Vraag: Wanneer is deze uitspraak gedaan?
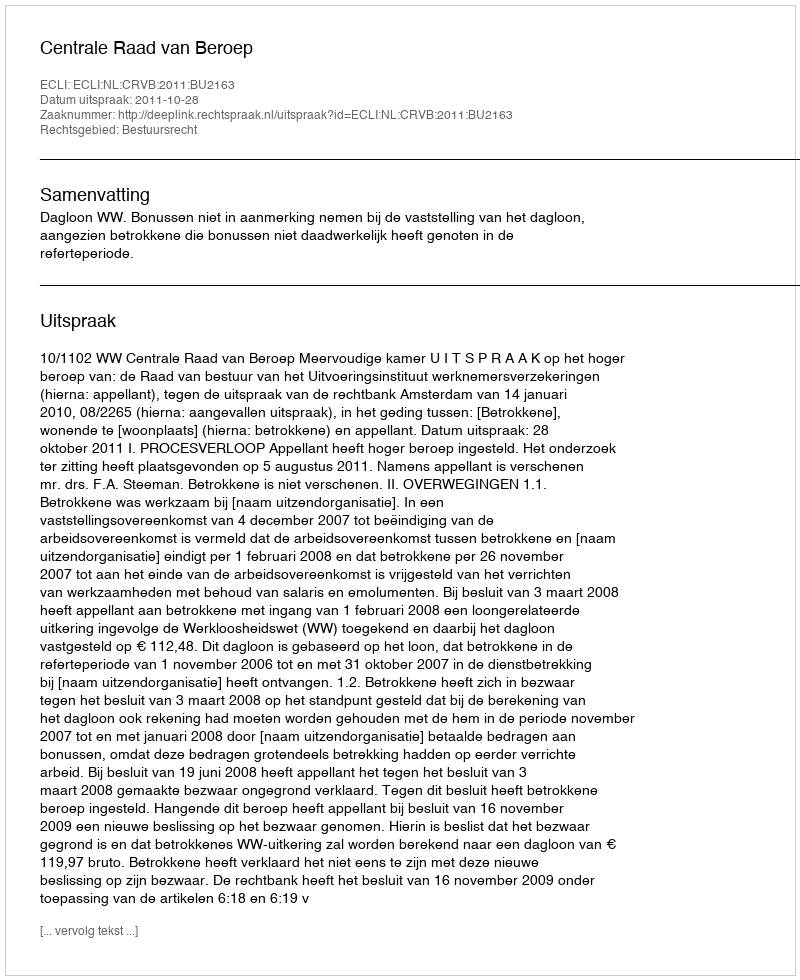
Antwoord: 2011-10-28